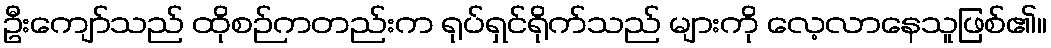
ဦးကျော်သည် ထိုစဉ်ကတည်းက ရုပ်ရှင်ရိုက်သည် များကို လေ့လာနေသူဖြစ်၏။